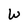
Character: W